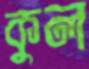
কুল